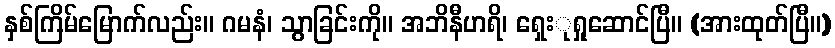
နှစ်ကြိမ်မြောက်လည်း။ ဂမနံ၊ သွာခြင်းကို။ အဘိနီဟရိ၊ ရှေးုရှုဆောင်ပြီ။ (အားထုတ်ပြီ။)